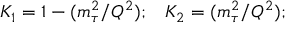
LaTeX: K _ { 1 } = 1 - ( { m _ { \tau } ^ { 2 } } / { Q ^ { 2 } } ) ; \, \, \, \, \, K _ { 2 } = ( { m _ { \tau } ^ { 2 } } / { Q ^ { 2 } } ) ;